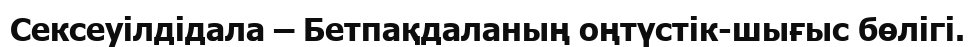
Сексеуілдідала – Бетпақдаланың оңтүстік-шығыс бөлігі.